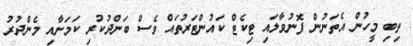
ތިބި މީހުން އެތަނުން ފޮނުވާލައި ޓިކެޓް ކައުންޓަރުތައް ވެސް ބަންދުކުރި ކަމަށާއި މެންދުރު